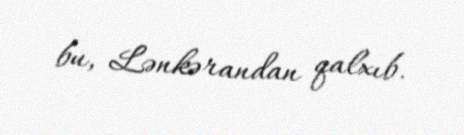
bu, Lənkərandan qalxıb.